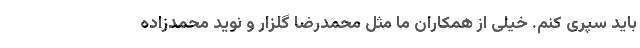
باید سپری کنم. خیلی از همکاران ما مثل محمدرضا گلزار و نوید محمدزاده